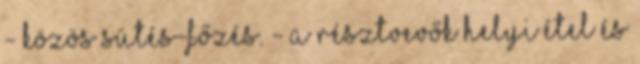
- Közös sütés-főzés. - A résztvevők helyi étel és